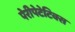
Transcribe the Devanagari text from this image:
पेरीपेटेटिक्स